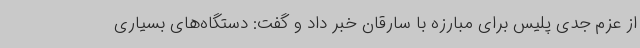
از عزم جدی پلیس برای مبارزه با سارقان خبر داد و گفت: دستگاه‌های بسیاری